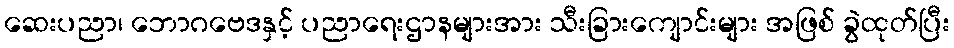
ဆေးပညာ၊ ဘောဂဗေဒနှင့် ပညာရေးဌာနများအား သီးခြားကျောင်းများ အဖြစ် ခွဲထုတ်ပြီး